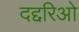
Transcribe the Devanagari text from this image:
दद्दरिओ